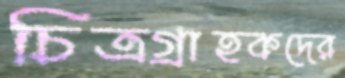
চিত্রগ্রাহকদের